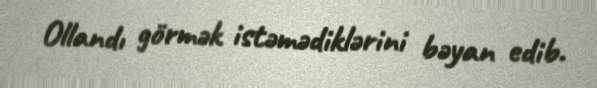
Ollandı görmək istəmədiklərini bəyan edib.